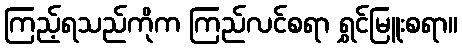
ကြည့်ရသည်ကိုက ကြည်လင်စရာ ရွှင်မြူးစရာ။